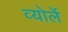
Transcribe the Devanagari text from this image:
व्योर्ले